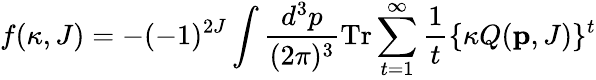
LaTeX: f(\kappa,J)=-(-1)^{2J}\int\frac{d^{3}p}{(2\pi)^{3}}\mathrm{Tr}\sum_{t=1}^{\infty}\frac{1}{t}\{ \kappa Q({\mathbf p},J)\} ^{t}